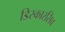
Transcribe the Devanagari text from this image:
डिस्कारसिव